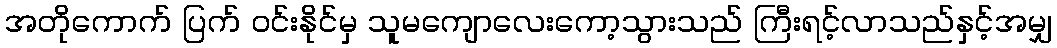
အတိုကောက် ပြက် ဝင်းနိုင်မှ သူမကျောလေးကော့သွားသည် ကြီးရင့်လာသည်နှင့်အမျှ